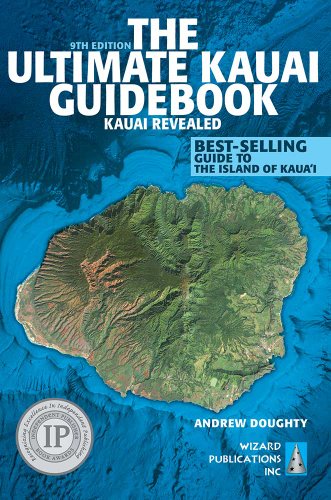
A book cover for The Ultimate Kauai Guidebook: Kauai Revealed; Andrew Doughty; Travel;